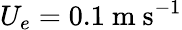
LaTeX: U_{e}=0.1\ \mathrm{m}\ \mathrm{s}^{-1}